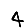
Digit: 4